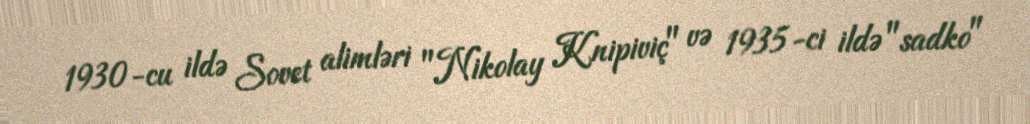
1930-cu ildə Sovet alimləri "Nikolay Knipiviç" və 1935-ci ildə "sadko"